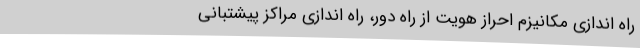
راه اندازی مکانیزم احراز هویت از راه دور، راه اندازی مراکز پیشتبانی